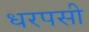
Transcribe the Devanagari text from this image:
धरपसी